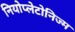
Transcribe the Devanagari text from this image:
नियोप्लेटोनिज्म